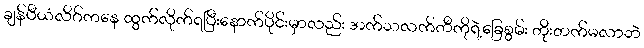
ချန်ပီယံလိဂ်ကနေ ထွက်လိုက်ရပြီးနောက်ပိုင်းမှာလည်း အက်သလက်တီကိုရဲ့ခြေစွမ်း တိုးတက်မလာဘဲ